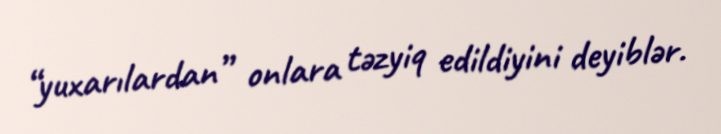
“yuxarılardan” onlara təzyiq edildiyini deyiblər.